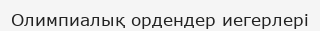
Олимпиалық ордендер иегерлері